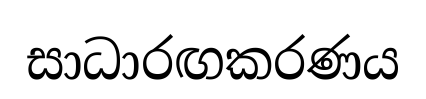
සාධාරඟකරණය